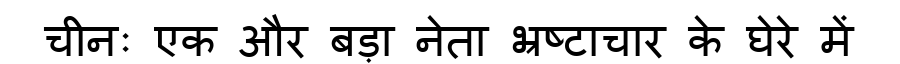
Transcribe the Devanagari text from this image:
चीनः एक और बड़ा नेता भ्रष्टाचार के घेरे में